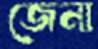
জেনা